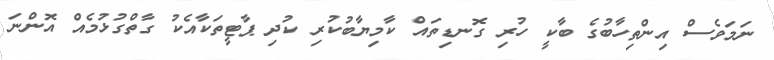
ނަމަވެސް އިންތިހާބުގެ ބާކީ ހުރި ގޮނޑިތައް ކާމިޔާބުކުރި ކުދި ޕާޓީތަކާއެކު ގާތްގުޅުމެއް އޮންނަ